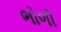
ભોળી